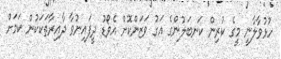
ހުޅުވާލާނީ މީގެ ކުރިން ކަނބަލުންގެ އަގު ވަޒަންކޮށް އެވޯޑު ދީފައިނުވާ ދާއިރާތަކަކުން ކަމަށް